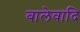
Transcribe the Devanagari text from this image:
बालेवादि